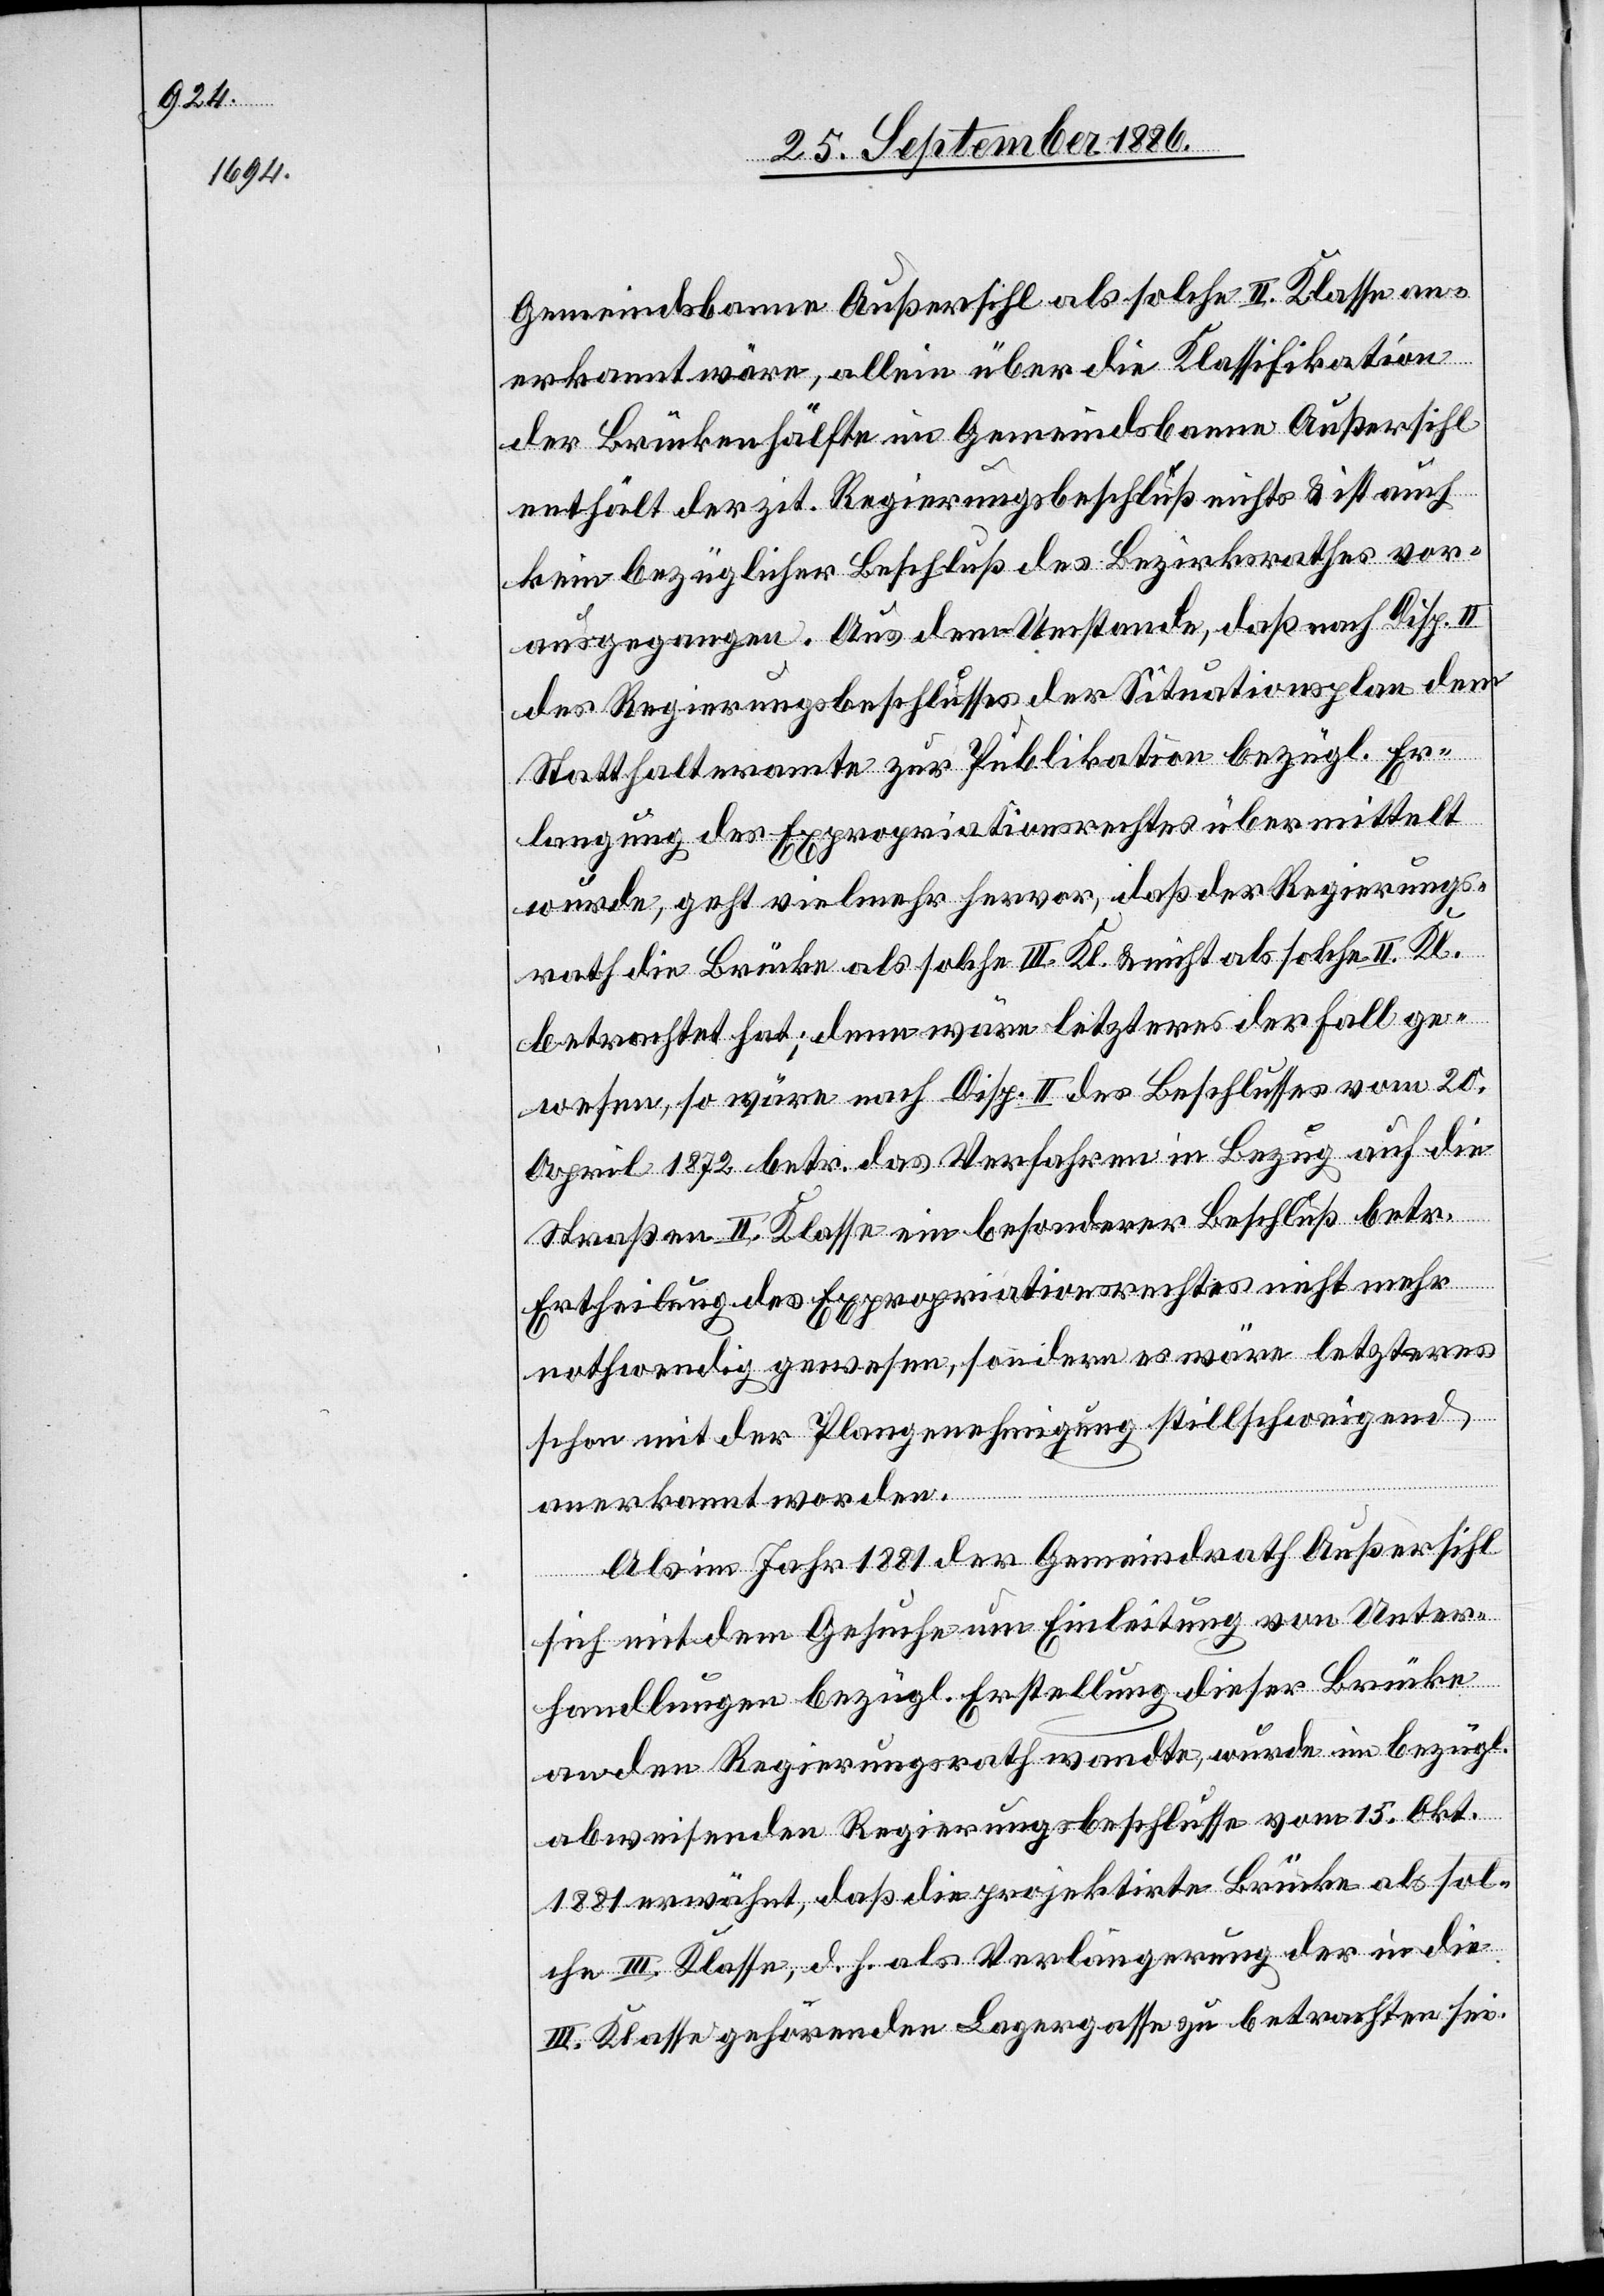
Gemeindsbanne Außersihl als solche II. Klasse an¬
erkannt wäre, allein über die Klassifikation
der Brückenhälfte im Gemeindsbanne Außersihl
enthält der zit. Regierungsbeschluß nichts & ist auch
kein bezüglicher Beschluß des Bezirksrathes vor¬
ausgegangen. Aus dem Umstand, daß nach Disp. II
des Regierungsbeschlusses der Situationsplan dem
Statthalteramte zur Publikation bezügl. Er¬
langung des Expropriationsrechtes übermittelt
wurde, geht vielmehr hervor, daß der Regierungs¬
rath die Brücke als solche III. Kl. & nicht als solche II. Kl.
betrachtet hat; denn wäre letzteres der Fall ge¬
wesen, so wäre nach Disp. II des Beschlusses vom 20.
April 1872 betr. das Verfahren in Bezug auf die
Straßen II. Klasse ein besonderer Beschluß betr.
Ertheilung des Expropriationsrechtes nicht mehr
nothwendig gewesen, sondern es wäre letzteres
schon mit der Plangenehmigung stillschweigend
anerkannt worden.
Als im Jahr 1881 der Gemeindrath Außersihl
sich mit dem Gesuche um Einleitung von Unter¬
handlungen bezügl. Erstellung dieser Brücke
an den Regierungsrath wandte, wurde im bezügl.
abweisenden Regierungsbeschlusse vom 15. Okt.
1881 erwähnt, daß die projektirte Brücke als sol¬
che III. Klasse, d. h. als Verlängerung der in die
III. Klasse gehörenden Lagergasse zu betrachten sei.